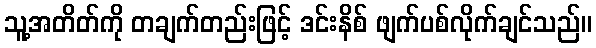
သူ့အတိတ်ကို တချက်တည်းဖြင့် ဒင်းနိစ် ဖျက်ပစ်လိုက်ချင်သည်။